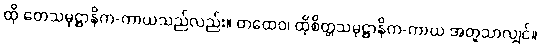
ထို တေသမုဋ္ဌာနိက-ကာယသည်လည်း။ တထေဝ၊ ထိုစိတ္တသမုဋ္ဌာနိက-ကာယ အတူသာလျှင်။